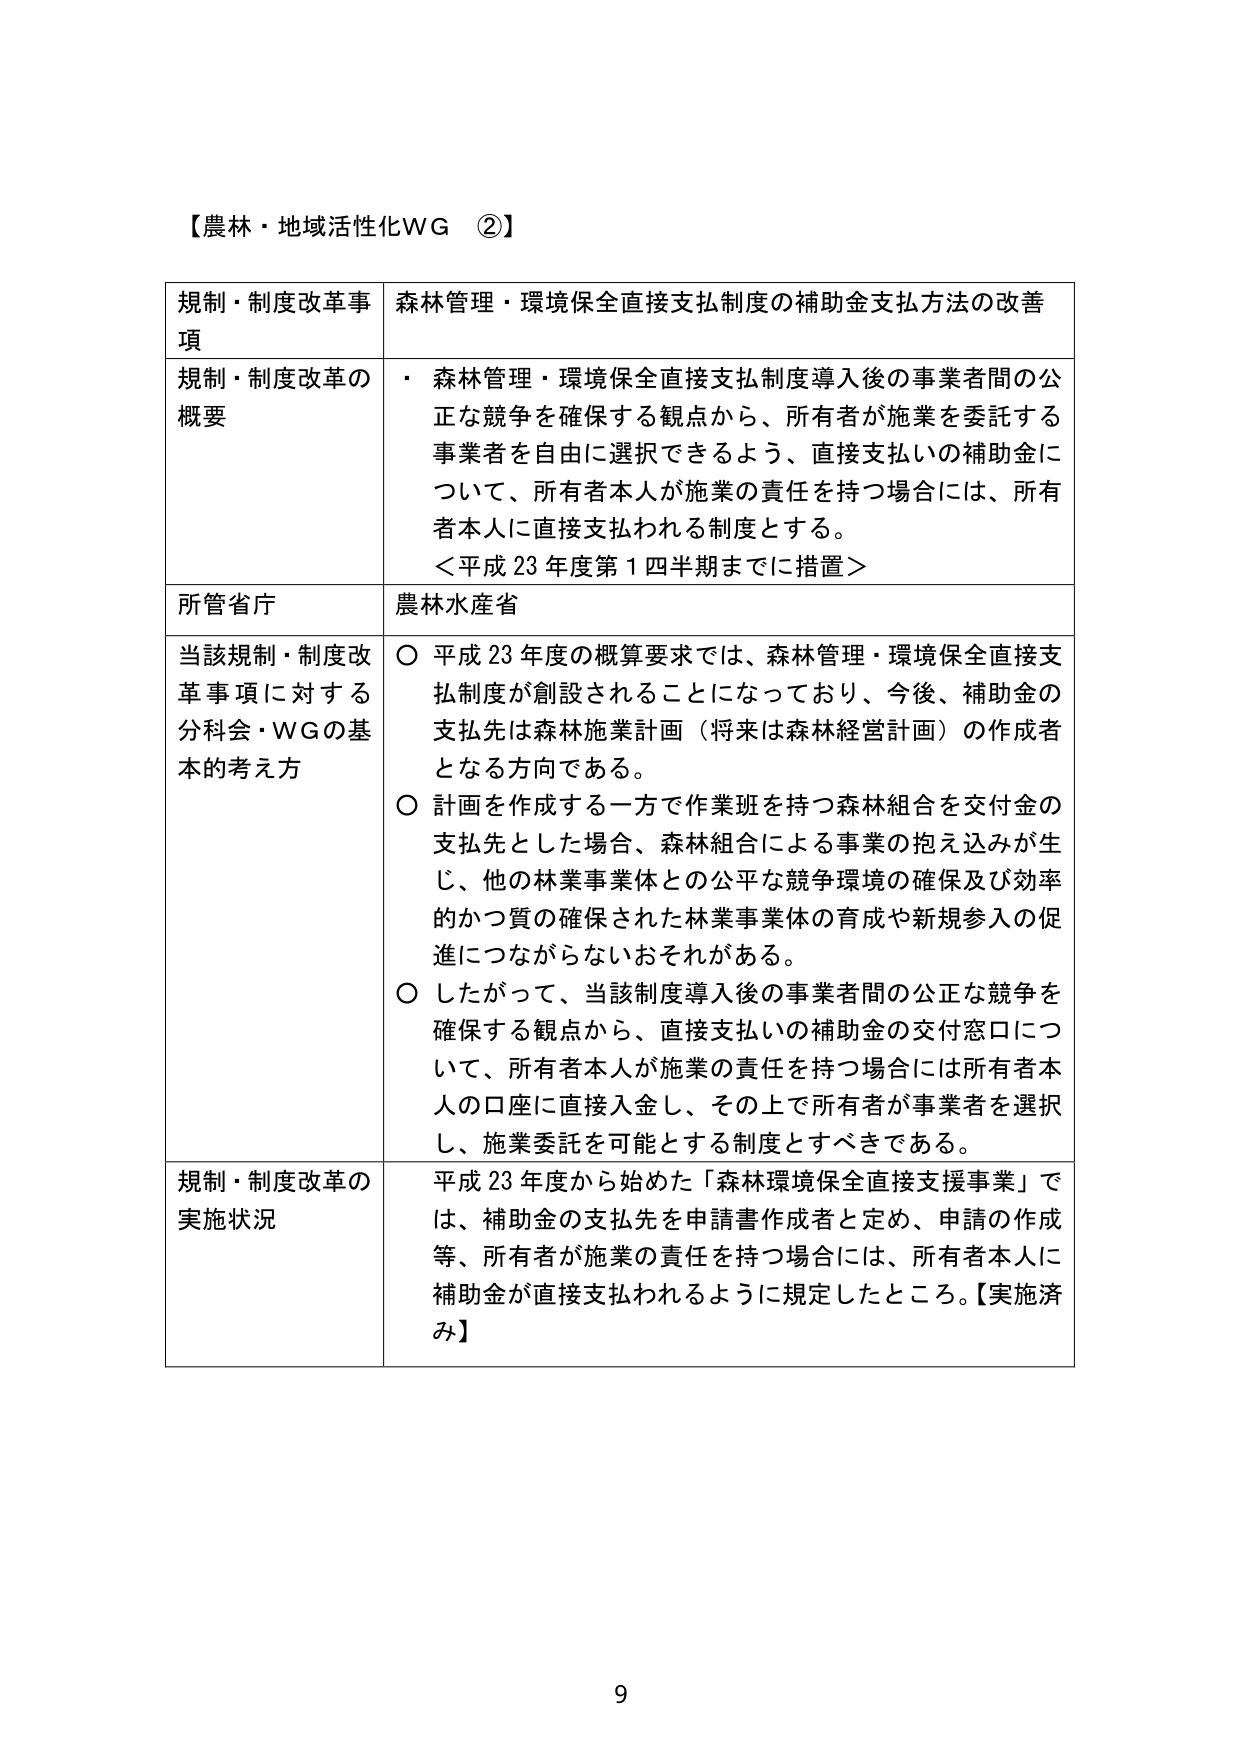
【農林・地域活性化WG ②】

規制・制度改革事項　　森林管理・環境保全直接支払制度の補助金支払方法の改善

規制・制度改革の概要　　・ 森林管理・環境保全直接支払制度導入後の事業者間の公正な競争を確保する観点から、所有者が施業を委託する事業者を自由に選択できるよう、直接支払いの補助金について、所有者本人が施業の責任を持つ場合には、所有者本人に直接支払われる制度とする。
＜平成23年度第1四半期までに措置＞

所管省庁　　農林水産省

当該規制・制度改革事項に対する分科会・WGの基本的考え方　　○ 平成23年度の概算要求では、森林管理・環境保全直接支払制度が創設されることになっており、今後、補助金の支払先は森林施業計画（将来は森林経営計画）の作成者となる方向である。
○ 計画を作成する一方で作業班を持つ森林組合を交付金の支払先とした場合、森林組合による事業の抱え込みが生じ、他の林業事業体との公平な競争環境の確保及び効率的かつ質の確保された林業事業体の育成や新規参入の促進につながらないおそれがある。
○ したがって、当該制度導入後の事業者間の公正な競争を確保する観点から、直接支払いの補助金の交付窓口について、所有者本人が施業の責任を持つ場合には所有者本人の口座に直接入金し、その上で所有者が事業者を選択し、施業委託を可能とする制度とすべきである。

規制・制度改革の実施状況　　平成23年度から始めた「森林環境保全直接支援事業」では、補助金の支払先を申請書作成者と定め、申請の作成等、所有者が施業の責任を持つ場合には、所有者本人に補助金が直接支払われるように規定したところ。【実施済み】

9